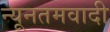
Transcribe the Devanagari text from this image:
न्यूनतमवादी